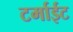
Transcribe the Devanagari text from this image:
टर्माईट